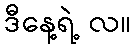
ဒီနေ့ရဲ့ လ။